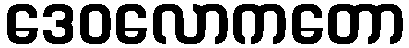
ဒေဝလောကတော